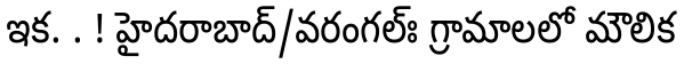
ఇక. . ! హైదరాబాద్/వరంగల్ః గ్రామాలలో మౌలిక